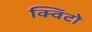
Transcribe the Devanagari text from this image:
क्विंटो